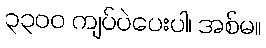
၃၃၀၀ ကျပ်ပဲပေးပါ၊ အစ်မ။